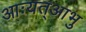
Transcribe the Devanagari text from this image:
आःयत्आभु